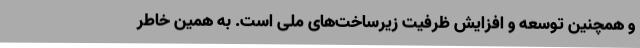
و همچنین توسعه و افزایش ظرفیت‌ زیرساخت‌های ملی است. به همین خاطر